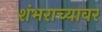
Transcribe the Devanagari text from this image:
शंभराच्यावर